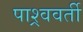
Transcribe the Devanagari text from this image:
पाश्र्ववर्ती